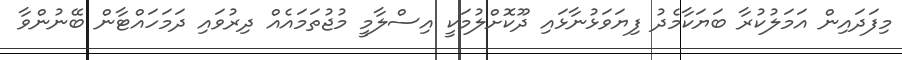
މިފަދައިން އަމަލުކުރާ ބަޔަކާމެދު ފިޔަވަޅުނާޅައި ދޫކޮށްލުމަކީ އިސްލާމީ މުޖުތަމައެއް ދިރުވައި ދަމަހައްޓާން ބޭނުންވާ